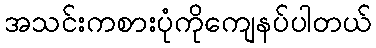
အသင်းကစားပုံကိုကျေနပ်ပါတယ်